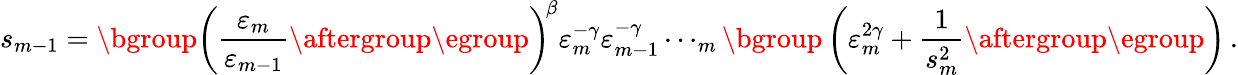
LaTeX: s_{m-1}=\mathopen{}\mathclose\bgroup\left(\frac{\varepsilon_{m}}{\varepsilon_{m-1}}\aftergroup\egroup\right)^{\! \beta}\varepsilon_{m}^{-\gamma}\varepsilon_{m-1}^{-\gamma}\cdots_{m}\mathopen{}\mathclose\bgroup\left(\varepsilon_{m}^{2\gamma}+\frac{1}{s_{m}^{2}}\aftergroup\egroup\right)\, .